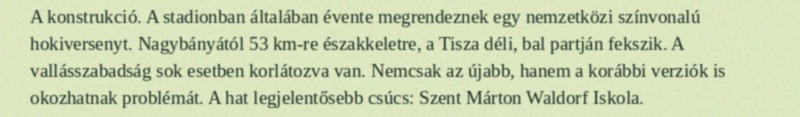
A konstrukció. A stadionban általában évente megrendeznek egy nemzetközi színvonalú hokiversenyt. Nagybányától 53 km-re északkeletre, a Tisza déli, bal partján fekszik. A vallásszabadság sok esetben korlátozva van. Nemcsak az újabb, hanem a korábbi verziók is okozhatnak problémát. A hat legjelentősebb csúcs: Szent Márton Waldorf Iskola.